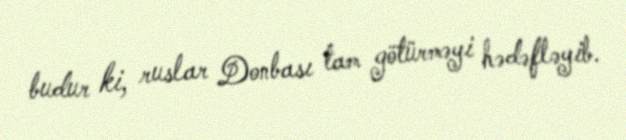
budur ki, ruslar Donbası tam götürməyi hədəfləyib.